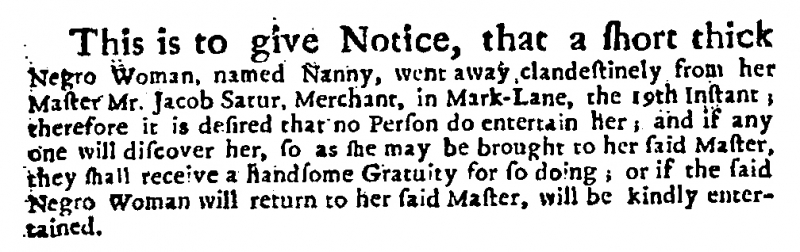
Daily Courant, 21 November 1722 (England)
This is to give Notice, that a short thick Negro Woman, named Nanny, went away clandestinely from her Master Mr. Jacob Satur, Merchant, in Mark-Lane, the 19th Instant; therefore it is desired that no Person do entertain her; and if any one will discover her, so as she may be brought to her said Master, they shall receive a handsome Gratuity for so doing; or if the said Negro Woman will return to her said Master, will be kindly entertained.